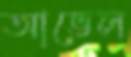
আভেল